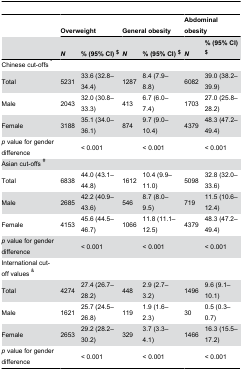
|  | <COLSPAN=2> Overweight | <COLSPAN=2> General obesity | <COLSPAN=2> Abdominal obesity |
 |  | N | % (95% CI) $ | N | % (95% CI) $ | N | % (95% CI) $ |
 | --- | --- | --- | --- | --- | --- | --- |
 | Chinese cut-offs * |  |  |  |  |  |  |
 | Total | 5231 | 33.6 (32.8–34.4) | 1287 | 8.4 (7.9–8.8) | 6082 | 39.0 (38.2–39.9) |
 | Male | 2043 | 32.0 (30.8–33.3) | 413 | 6.7 (6.0–7.4) | 1703 | 27.0 (25.8–28.2) |
 | Female | 3188 | 35.1 (34.0–36.1) | 874 | 9.7 (9.0–10.4) | 4379 | 48.3 (47.2–49.4) |
 | p value for gender difference |  | < 0.001 |  | < 0.001 |  | < 0.001 |
 | Asian cut-offs # |  |  |  |  |  |  |
 | Total | 6838 | 44.0 (43.1–44.8) | 1612 | 10.4 (9.9–11.0) | 5098 | 32.8 (32.0–33.6) |
 | Male | 2685 | 42.2 (40.9–43.6) | 546 | 8.7 (8.0–9.5) | 719 | 11.5 (10.6–12.4) |
 | Female | 4153 | 45.6 (44.5–46.7) | 1066 | 11.8 (11.1–12.5) | 4379 | 48.3 (47.2–49.4) |
 | p value for gender difference |  | < 0.001 |  | < 0.001 |  | < 0.001 |
 | International cut-off values & |  |  |  |  |  |  |
 | Total | 4274 | 27.4 (26.7–28.2) | 448 | 2.9 (2.7–3.2) | 1496 | 9.6 (9.1–10.1) |
 | Male | 1621 | 25.7 (24.5–26.8) | 119 | 1.9 (1.6–2.3) | 30 | 0.5 (0.3–0.7) |
 | Female | 2653 | 29.2 (28.2–30.2) | 329 | 3.7 (3.3–4.1) | 1466 | 16.3 (15.5–17.2) |
 | p value for gender difference |  | < 0.001 |  | < 0.001 |  | < 0.001 |